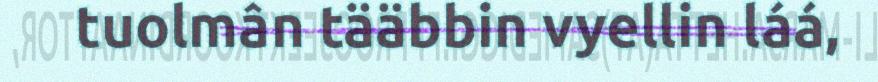
tuolmân tääbbin vyellin láá,